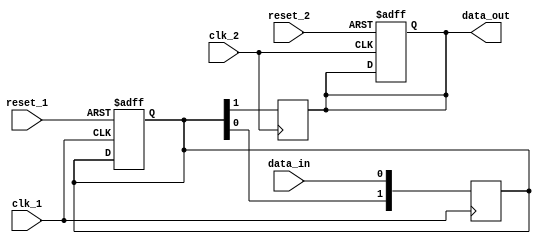
module timing_control_block (
    input wire clk_1,      // Clock signal for domain 1
    input wire clk_2,      // Clock signal for domain 2
    input wire reset_1,    // Reset signal for domain 1
    input wire reset_2,    // Reset signal for domain 2
    input wire data_in,    // Input data signal
    output reg data_out    // Output synchronized data signal
);

reg [1:0] sync_ff; // 2-stage synchronizer flip-flop

always @(posedge clk_1)
begin
    sync_ff <= {sync_ff[0], data_in};
end

always @(posedge clk_2)
begin
    data_out <= sync_ff[1];
end

// Reset synchronization block
always @(posedge clk_1 or posedge reset_1)
begin
    if (reset_1)
        sync_ff <= 2'b0;
end

always @(posedge clk_2 or posedge reset_2)
begin
    if (reset_2)
        data_out <= 1'b0;
end

endmodule